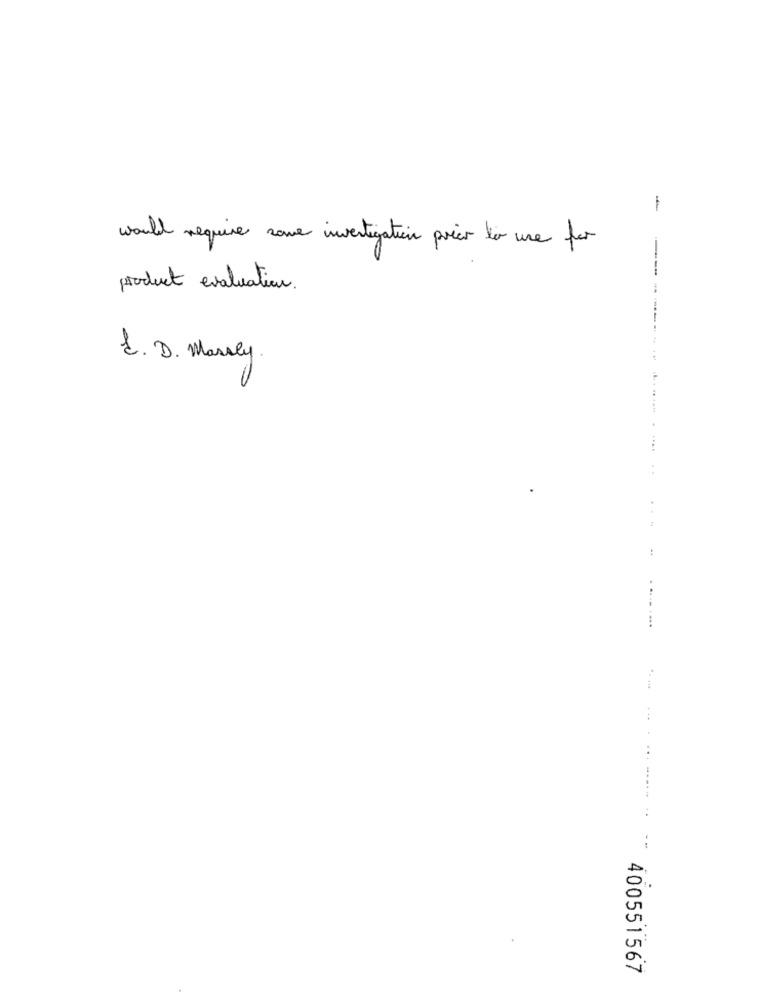
-
would require some investigation prier la use for
product evaluation.
E. D. Marsly.
....
:
....
400551567